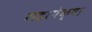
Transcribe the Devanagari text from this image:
गडापेक्षा